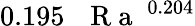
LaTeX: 0.195\, \mathrm{~\textit~{~R~a~}~}^{0.204}